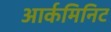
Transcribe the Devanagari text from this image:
आर्कमिनिट